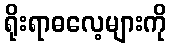
ရိုးရာဓလေ့များကို